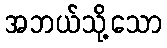
အဘယ်သို့သော